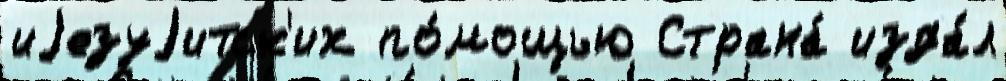
иjезуjитск'их по́мощью Страна́ изда́л